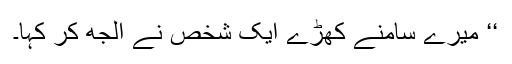
‘‘ میرے سامنے کھڑے ایک شخص نے الجھ کر کہا۔